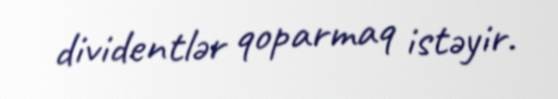
dividentlər qoparmaq istəyir.